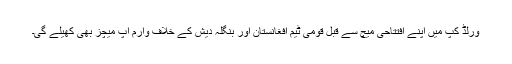
ورلڈ کپ میں اپنے افتتاحی میچ سے قبل قومی ٹیم افغانستان اور بنگلہ دیش کے خلاف وارم اپ میچز بھی کھیلے گی۔